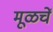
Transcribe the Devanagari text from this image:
मूळचें